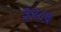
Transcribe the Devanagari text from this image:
३२८६